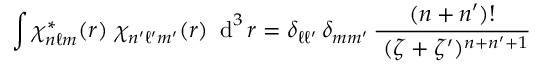
\int \chi _ { n \ell m } ^ { * } ( r ) ~ \chi _ { n ^ { \prime } \ell ^ { \prime } m ^ { \prime } } ( r ) ~ \operatorname { d } ^ { 3 } r = \delta _ { \ell \ell ^ { \prime } } \, \delta _ { m m ^ { \prime } } \, { \frac { ( n + n ^ { \prime } ) ! } { ~ ( \zeta + \zeta ^ { \prime } ) ^ { n + n ^ { \prime } + 1 } } }